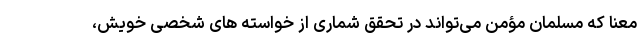
معنا که مسلمان مؤمن می‌تواند در تحقق شماری از خواسته‌ های شخصی خویش،